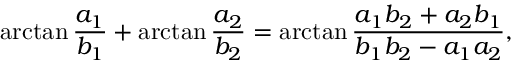
\arctan { \frac { a _ { 1 } } { b _ { 1 } } } + \arctan { \frac { a _ { 2 } } { b _ { 2 } } } = \arctan { \frac { a _ { 1 } b _ { 2 } + a _ { 2 } b _ { 1 } } { b _ { 1 } b _ { 2 } - a _ { 1 } a _ { 2 } } } ,